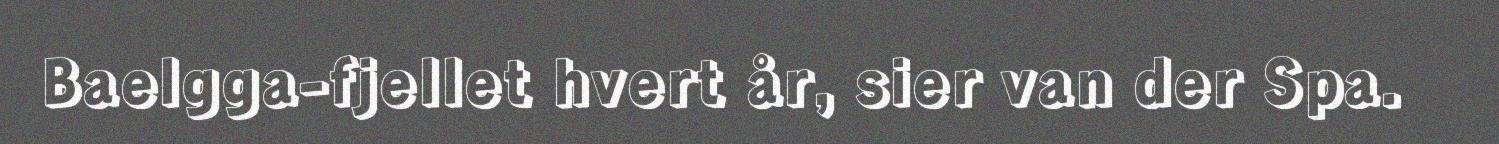
Baelgga-fjellet hvert år, sier van der Spa.